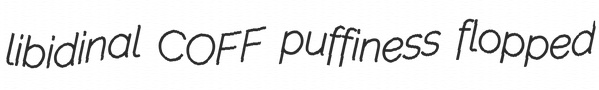
libidinal COFF puffiness flopped